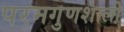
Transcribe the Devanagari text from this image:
परमगुणशाली